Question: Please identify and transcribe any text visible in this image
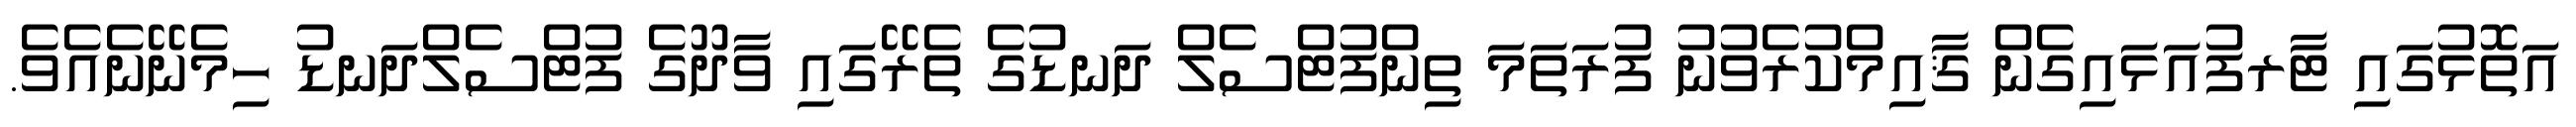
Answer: އަތޮޅުގައި ޓާރފުއަޅައިގެން ޤާއިމްކުރެވުނު ފުރަތަމަ ތިންފުޓްސެލް ދަނޑުގެ ތެރޭގައި ވާދޫގެ ފުޓްސެލްދަނޑު ހިމެނޭނެއެވެ.